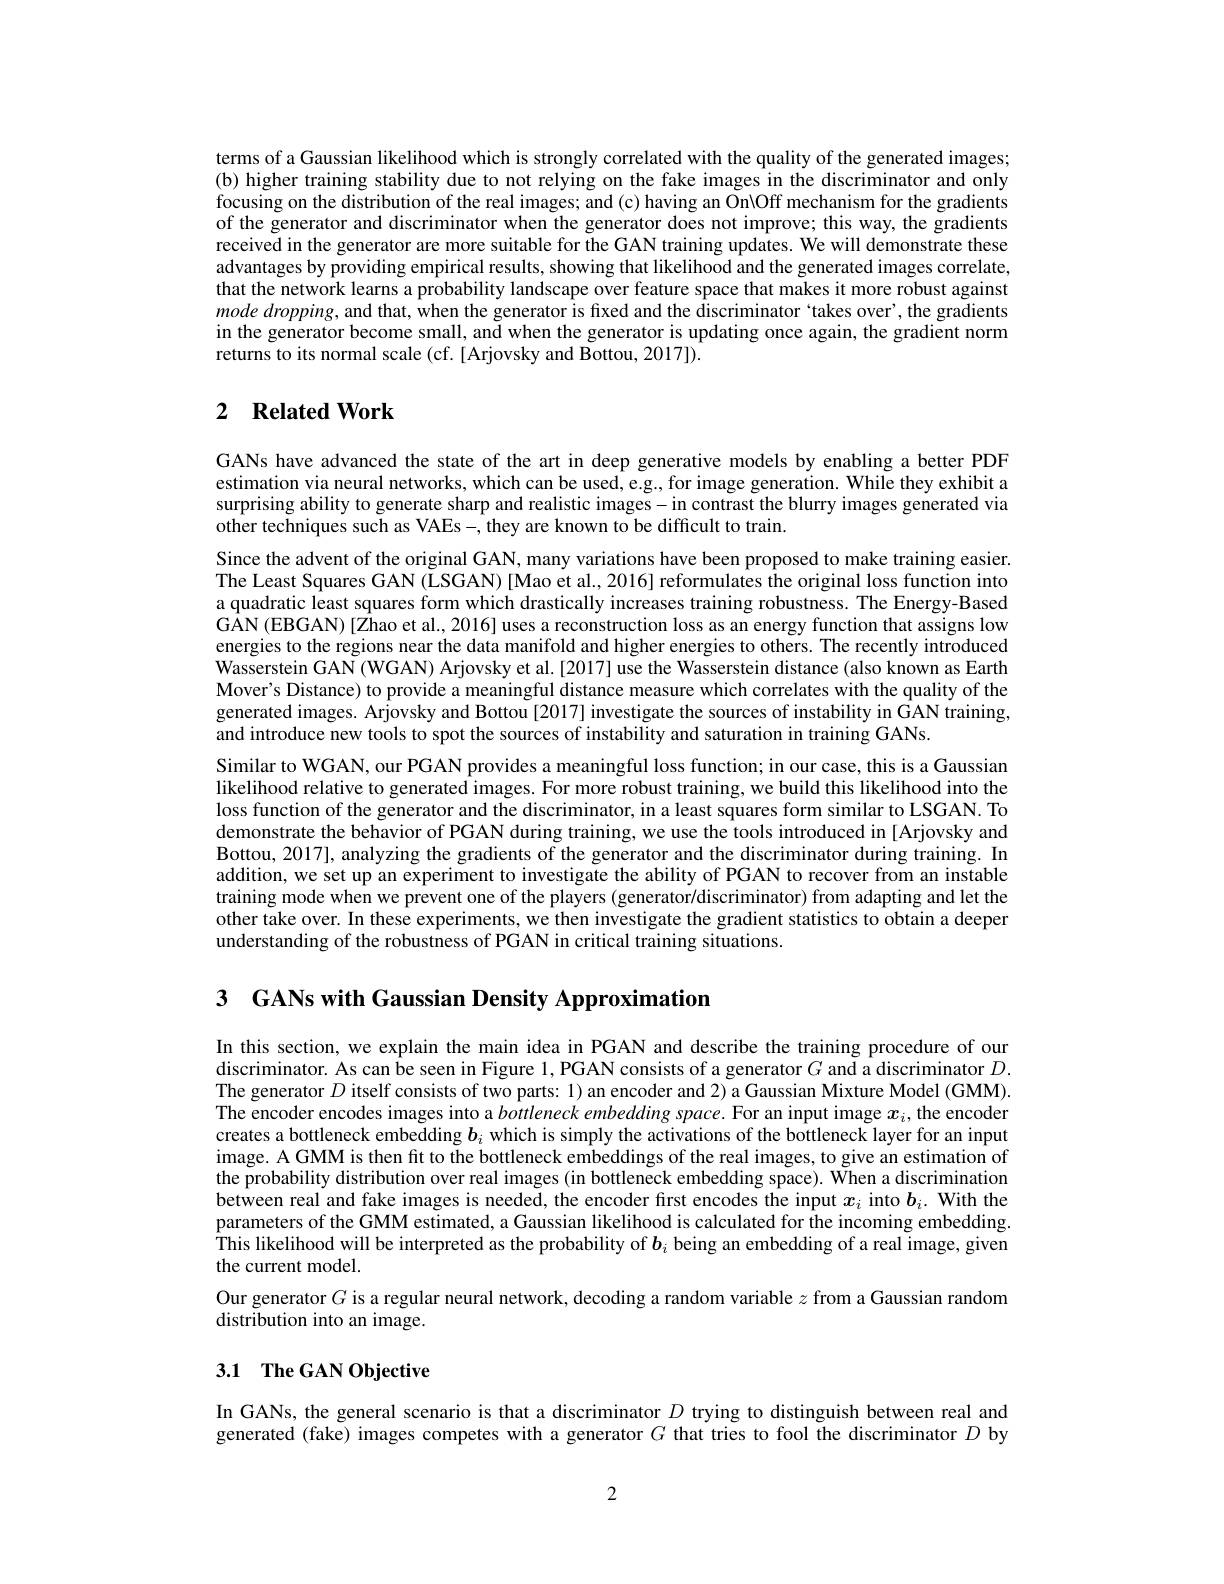
terms of a Gaussian likelihood which is strongly correlated with the quality of the generated images; (b) higher training stability due to not relying on the fake images in the discriminator and only focusing on the distribution of the real images; and (c) having an On\Off mechanism for the gradients of the generator and discriminator when the generator does not improve; this way, the gradients received in the generator are more suitable for the GAN training updates. We will demonstrate these advantages by providing empirical results, showing that likelihood and the generated images correlate, that the network learns a probability landscape over feature space that makes it more robust against $mode\textit{ dropping, and that, when the generator is fixed and the discriminator “ takes over’ , the gradients}$ in the generator become small, and when the generator is updating once again, the gradient norm returns to its normal scale (cf. [Arjovsky and Bottou, 2017]).

## 2 $\textbf{Related Work}$

GANs have advanced the state of the art in deep generative models by enabling a better PDF estimation via neural networks, which can be used, e.g., for image generation. While they exhibit a surprising ability to generate sharp and realistic images-in contrast the blurry images generated via other techniques such as VAEs-, they are known to be difficult to train.

Since the advent of the original GAN, many variations have been proposed to make training easier. The Least Squares GAN (LSGAN) [Mao et al., 2016] reformulates the original loss function into a quadratic least squares form which drastically increases training robustness. The Energy-Based GAN (EBGAN) [Zhao et al., 2016] uses a reconstruction loss as an energy function that assigns low energies to the regions near the data manifold and higher energies to others. The recently introduced $\tilde{\text{Wasserstein GAN(WGAN) Arjovsky et al.[2017] use the Wasserstein distance(also known as Earth}}$ Mover's Distance) to provide a meaningful distance measure which correlates with the quality of the generated images. Arjovsky and Bottou [2017] investigate the sources of instability in GAN training, and introduce new tools to spot the sources of instability and saturation in training GANs.
Similar to WGAN, our PGAN provides a meaningful loss function; in our case, this is a Gaussian likelihood relative to generated images. For more robust training, we build this likelihood into the loss function of the generator and the discriminator, in a least squares form similar to LSGAN. To demonstrate the behavior of PGAN during training, we use the tools introduced in [Arjovsky and Bottou, 2017], analyzing the gradients of the generator and the discriminator during training. In addition, we set up an experiment to investigate the ability of PGAN to recover from an instable training mode when we prevent one of the players (generator/discriminator) from adapting and let the other take over. In these experiments, we then investigate the gradient statistics to obtain a deeper understanding of the robustness of PGAN in critical training situations.

3 GANs with Gaussian Density Approximation

In this section, we explain the main idea in PGAN and describe the training procedure of our discriminator. As can be seen in Figure 1,PGAN consists of a generator $G$ and a discriminator $D.$ The generator $D$ itself consists of two parts: 1) an encoder and 2) a Gaussian Mixture Model (GMM). The encoder encodes images into a bottleneck embedding space. For an input image $x_i$, the encoder creates a bottleneck embedding $\boldsymbol{b}_i$ which is simply the activations of the bottleneck layer for an input image. A GMM is then fit to the bottleneck embeddings of the real images, to give an estimation of the probability distribution over real images (in bottleneck embedding space). When a discrimination between real and fake images is needed, the encoder first encodes the input $x_i$ into $b_i.$ With the parameters of the GMM estimated, a Gaussian likelihood is calculated for the incoming embedding. This likelihood will be interpreted as the probability of $\boldsymbol{b}_i$ being an embedding of a real image, given the current model.
Our generator $G$ is a regular neural network, decoding a random variable $z$ from a Gaussian random
distribution into an image.

## 3.1 The GAN Objective

In GANs, the general scenario is that a discriminator $D$ trying to distinguish between real and generated (fake) images competes with a generator $G$ that tries to fool the discriminator $D$ by

2